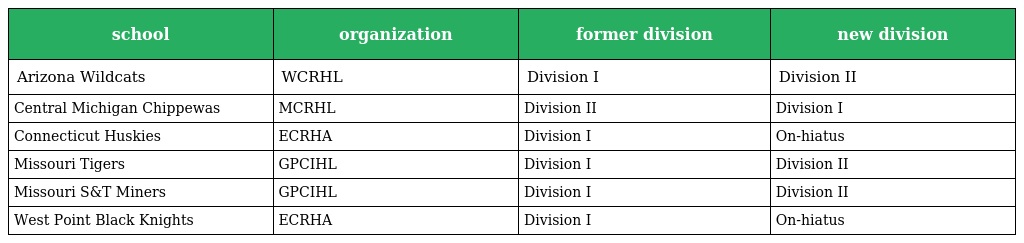
| school | organization | former division | new division |
 | --- | --- | --- | --- |
 | Arizona Wildcats | WCRHL | Division I | Division II |
 | Central Michigan Chippewas | MCRHL | Division II | Division I |
 | Connecticut Huskies | ECRHA | Division I | On-hiatus |
 | Missouri Tigers | GPCIHL | Division I | Division II |
 | Missouri S&T Miners | GPCIHL | Division I | Division II |
 | West Point Black Knights | ECRHA | Division I | On-hiatus |